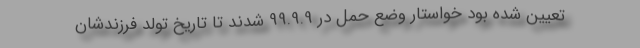
تعیین شده بود خواستار وضع حمل در 99.9.9 شدند تا تاریخ تولد فرزندشان